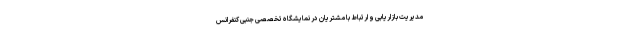
مدیریت بازاریابی و ارتباط با مشتریان در نمایشگاه تخصصی جنبی کنفرانس